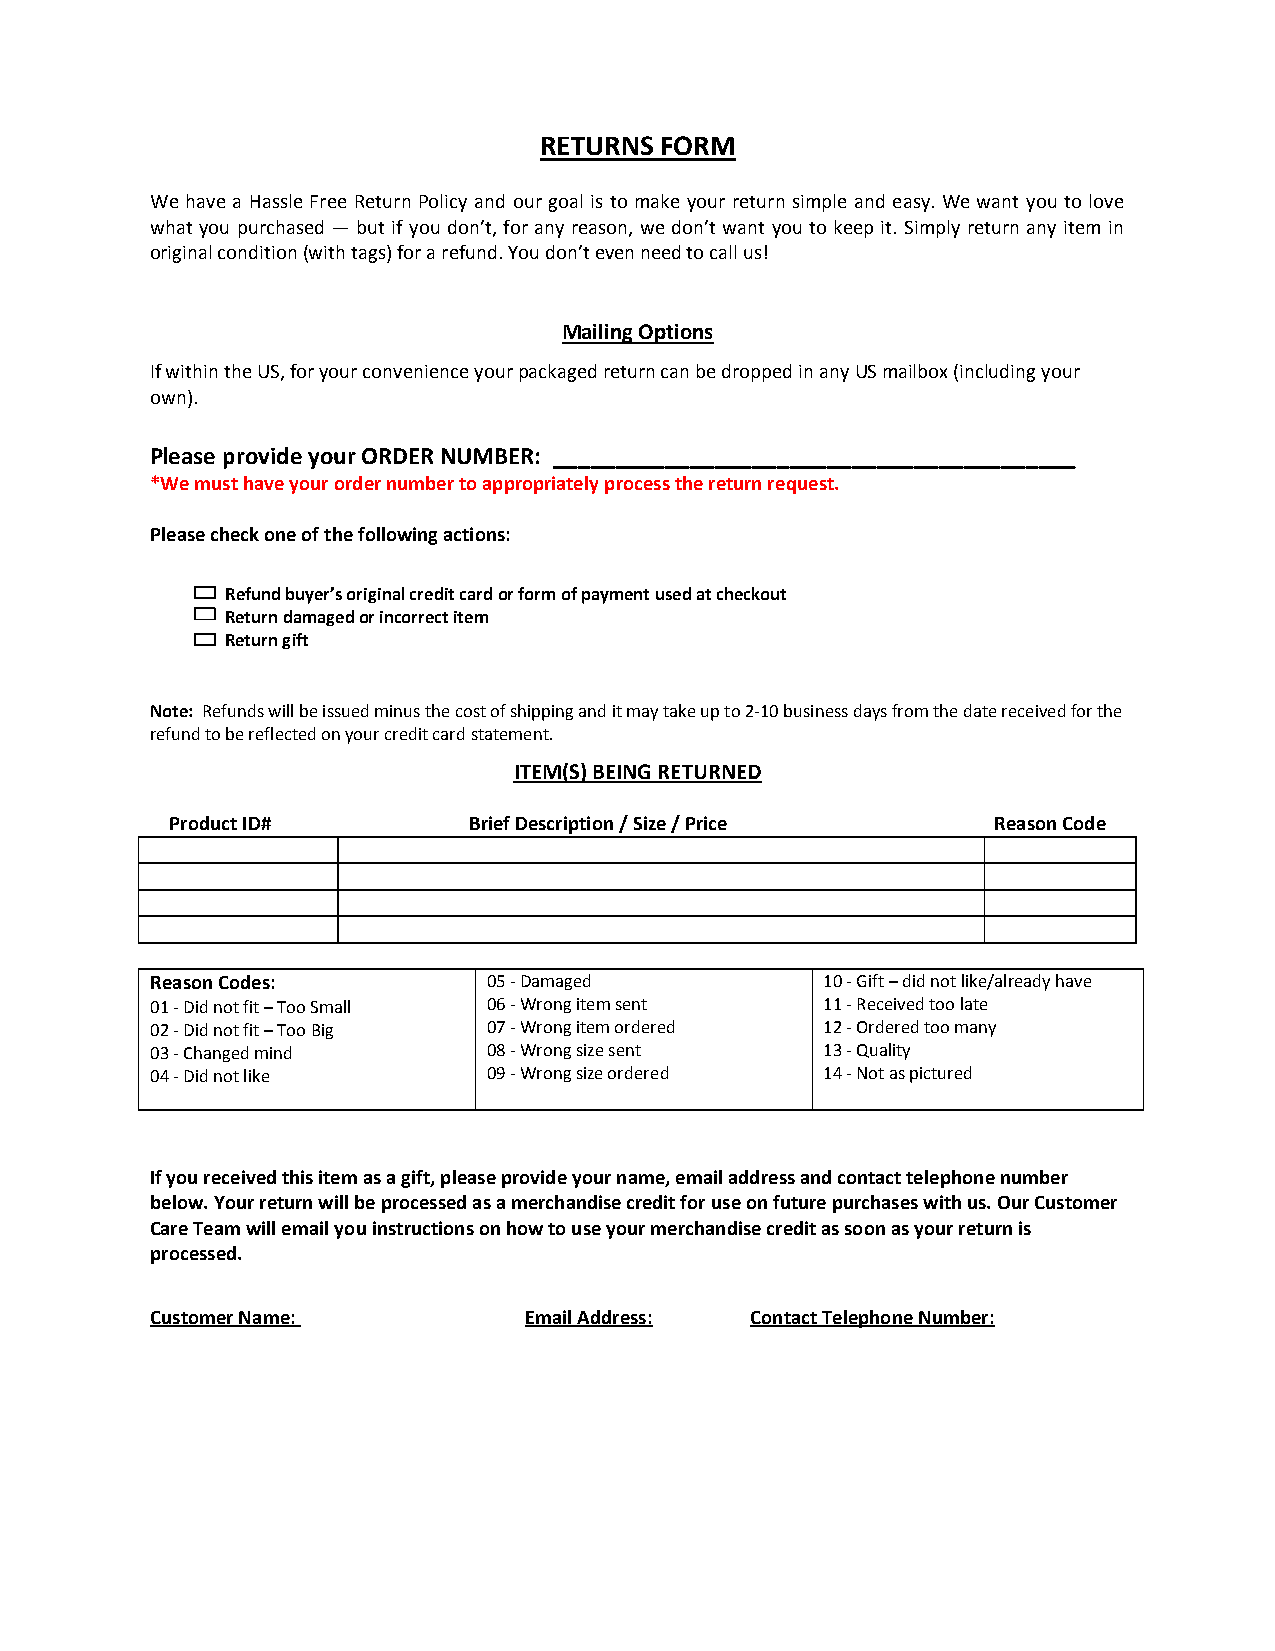
RETURNS FORM
 We have a Hassle Free Return Policy and our goal is to make your return simple and easy. We want you to love
 what you purchased — but if you don’t, for any reason, we don’t want you to keep it. Simply return any item in
 original condition (with tags) for a refund. You don’t even need to call us!
 Mailing Options
 If within the US, for your convenience your packaged return can be dropped in any US mailbox (including your
 own).
 Please provide your ORDER NUMBER: __________________________________________
 *We must have your order number to appropriately process the return request.
 Please check one of the following actions:
 Refund buyer’s original credit card or form of payment used at checkout
 Return damaged or incorrect item
 Return gift
 Note: Refunds will be issued minus the cost of shipping and it may take up to 2-10 business days from the date received for the
 refund to be reflected on your credit card statement.
 ITEM(S) BEING RETURNED
 Product ID#         Brief Description / Size / Price   Reason Code
 Reason Codes:         05 - Damaged          10 - Gift – did not like/already have
 01 - Did not fit – Too Small 06 - Wrong item sent 11 - Received too late
 02 - Did not fit – Too Big 07 - Wrong item ordered 12 - Ordered too many
 03 - Changed mind     08 - Wrong size sent  13 - Quality
 04 - Did not like     09 - Wrong size ordered 14 - Not as pictured
 If you received this item as a gift, please provide your name, email address and contact telephone number
 below. Your return will be processed as a merchandise credit for use on future purchases with us. Our Customer
 Care Team will email you instructions on how to use your merchandise credit as soon as your return is
 processed.
 Customer Name:           Email Address: Contact Telephone Number: